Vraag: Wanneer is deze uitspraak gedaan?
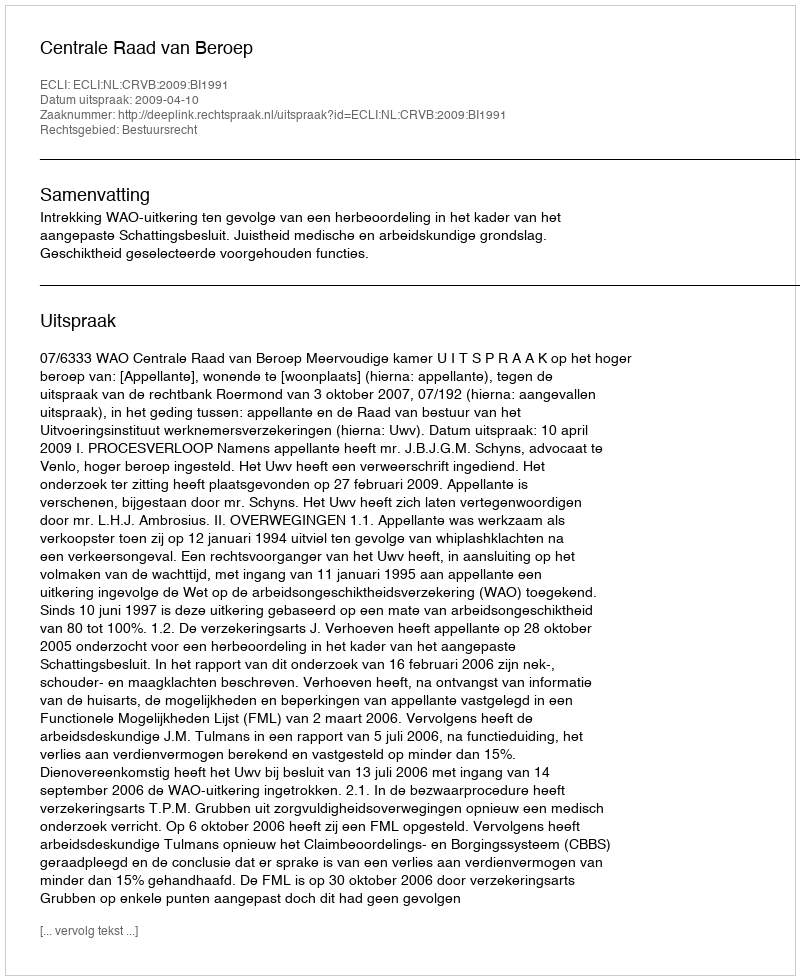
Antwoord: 2009-04-10